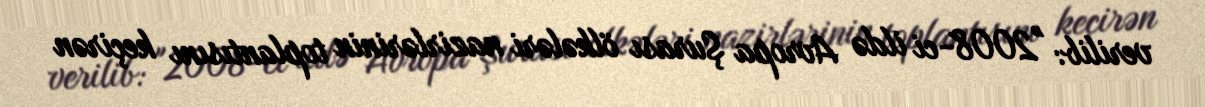
verilib: "2008-ci ildə Avropa Şurası ölkələri nazirlərinin toplantısını keçirən